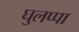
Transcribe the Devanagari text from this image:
घुलप्पा